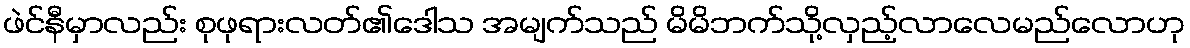
ဖဲင်နီမှာလည်း စုဖုရားလတ်၏ဒေါသ အမျက်သည် မိမိဘက်သို့လှည့်လာလေမည်လောဟု